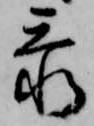
忝